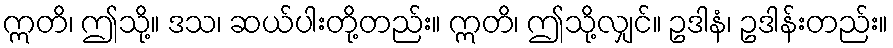
ဣတိ၊ ဤသို့။ ဒသ၊ ဆယ်ပါးတို့တည်း။ ဣတိ၊ ဤသို့လျှင်။ ဥဒါနံ၊ ဥဒါန်းတည်း။